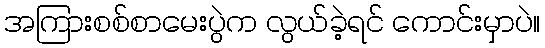
အကြားစစ်စာမေးပွဲက လွယ်ခဲ့ရင် ကောင်းမှာပဲ။